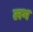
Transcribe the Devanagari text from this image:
लभ